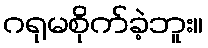
ဂရုမစိုက်ခဲ့ဘူး။